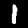
Label: 1